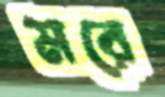
মরে